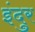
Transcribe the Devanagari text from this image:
इंदुर